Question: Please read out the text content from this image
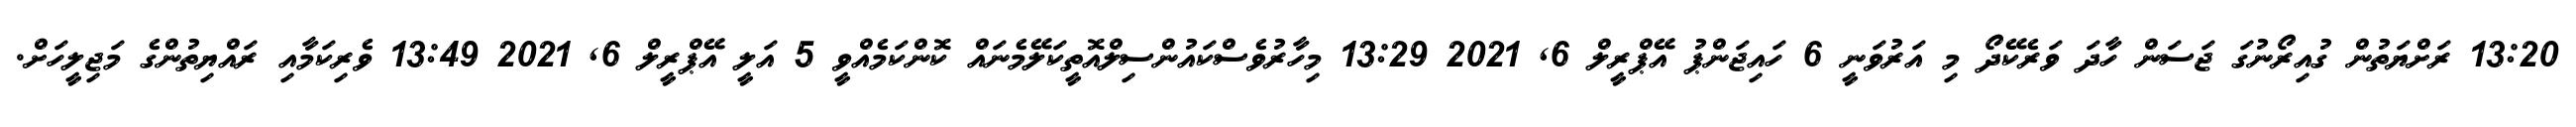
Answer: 13:20 ރަށްޔަތުން ގުއިރޯނުގަ ޖަސަން ހާދަ ވަރެކޭދޯ މި އަރުވަނީ 6 ހައިޖަންޕު އޭޕްރީލް 6, 2021 13:29 މިހާރުވެސްކައުންސިލްއޮތީކަލޭމެނައް ކޮންކަމެއްވީ 5 އަލީ އޭޕްރީލް 6, 2021 13:49 ވެރިކަމާއި ރައްޔިތުންގެ މަޖިލީހަށް.